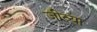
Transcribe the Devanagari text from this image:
जीव्या